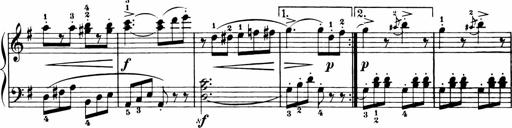
Title: 11 Sonatinas for Piano Solo
Composer: Anton Diabelli